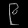
Digit: ၉